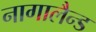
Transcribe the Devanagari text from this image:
नागालैन्ड